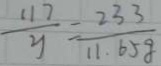
\frac { 1 1 7 } { y } = \frac { 2 3 3 } { 1 1 . 6 5 g }